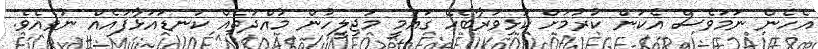
އެހެން ނަމަވެސް އެކަން ކުރުމަށް ކުޅިވަރާބެހޭ ގައުމީ މަޖިލީހުން މުއްދަތެއް ކަނޑައަޅާފައެއް ނުވެއެވެ.